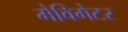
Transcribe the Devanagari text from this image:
मेविगेटर